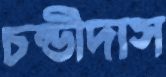
চন্ডীদাস